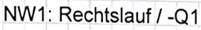
Text: NW1: Rechtslauf / -Q1